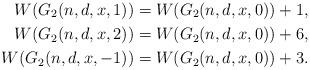
LaTeX: \begin{align*}W(G_{2}(n,d,x,1)) & =W(G_{2}(n,d,x,0))+1,\\W(G_{2}(n,d,x,2)) & =W(G_{2}(n,d,x,0))+6,\\W(G_{2}(n,d,x,-1)) & =W(G_{2}(n,d,x,0))+3.\end{align*}